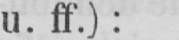
u. ff.):